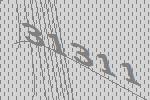
31311